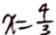
x = \frac { 4 } { 3 }